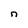
Character: n